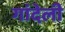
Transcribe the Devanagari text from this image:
गांदेली